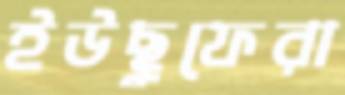
ইউছুফেরা